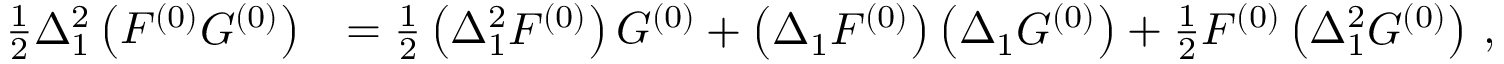
\begin{array} { r l } { \frac 1 2 \Delta _ { 1 } ^ { 2 } \left( F ^ { ( 0 ) } G ^ { ( 0 ) } \right) } & { = \frac 1 2 \left( \Delta _ { 1 } ^ { 2 } F ^ { ( 0 ) } \right) G ^ { ( 0 ) } + \left( \Delta _ { 1 } F ^ { ( 0 ) } \right) \left( \Delta _ { 1 } G ^ { ( 0 ) } \right) + \frac 1 2 F ^ { ( 0 ) } \left( \Delta _ { 1 } ^ { 2 } G ^ { ( 0 ) } \right) \, , } \end{array}